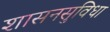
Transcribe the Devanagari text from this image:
शासनसुविधा